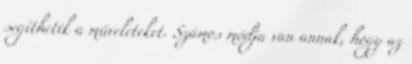
segíthetik a műveleteket. Számos módja van annak, hogy az